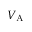
V _ { \mathrm { A } }